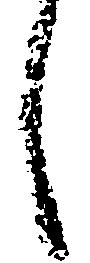
し